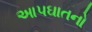
આપઘાતનો